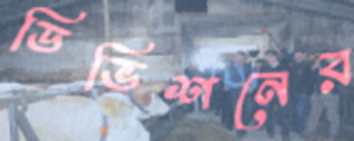
ডিভিশনের